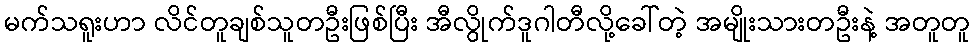
မက်သရူးဟာ လိင်တူချစ်သူတဦးဖြစ်ပြီး အီလွိုက်ဒူဂါတီလို့ခေါ်တဲ့ အမျိုးသားတဦးနဲ့ အတူတူ